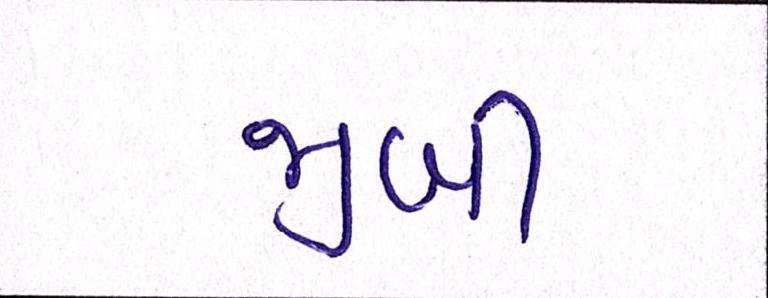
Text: જીબી